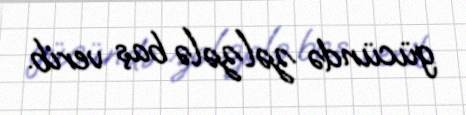
gücündə zəlzələ baş verib.